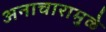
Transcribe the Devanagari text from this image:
अनाचारामुळे